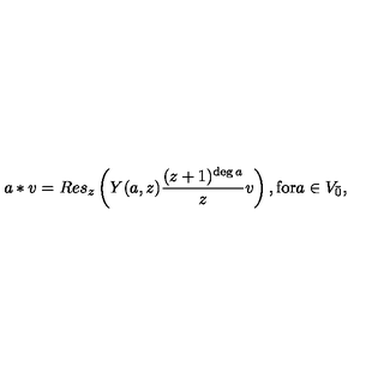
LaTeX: a * v = R e s _ { z } \left( Y ( a , z ) \frac { ( z + 1 ) ^ { \deg a } } { z } v \right) , \mathrm { f o r } a \in V _ { \bar { 0 } } ,